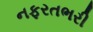
નફરતભરી